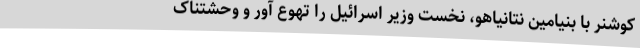
کوشنر با بنیامین نتانیاهو، نخست وزیر اسرائیل را تهوع آور و وحشتناک